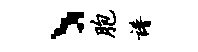
丶胞谱